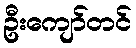
ဦးကျော်တင်